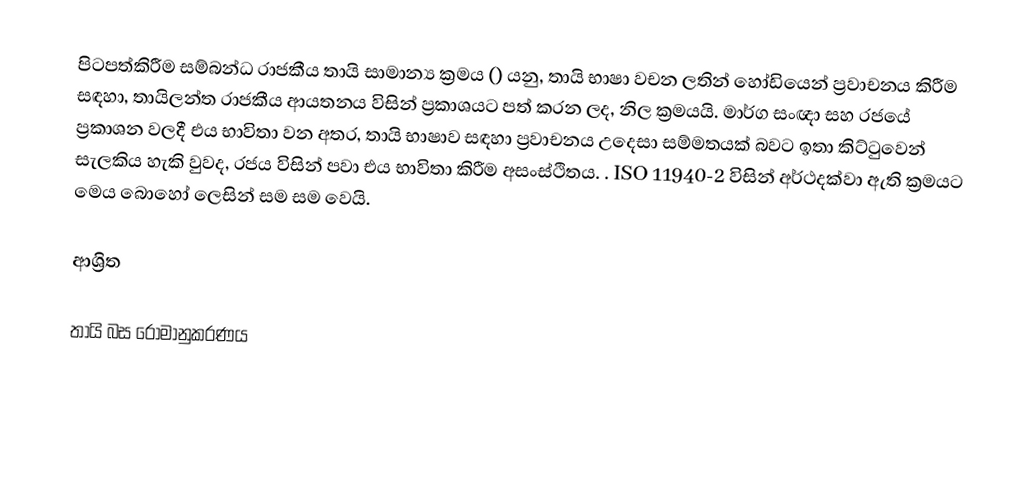
පිටපත්කිරීම සම්බන්ධ රාජකීය තායි සාමාන්‍ය ක්‍රමය () යනු, තායි භාෂා වචන ලතින් හෝඩියෙන්  ප්‍රවාචනය කිරීම සඳහා, තායිලන්ත රාජකීය ආයතනය විසින් ප්‍රකාශයට පත් කරන ලද, නිල ක්‍රමයයි. මාර්ග සංඥා සහ රජයේ ප්‍රකාශන වලදී එය භාවිතා වන අතර, තායි භාෂාව සඳහා  ප්‍රවාචනය උදෙසා සම්මතයක් බවට ඉතා කිට්ටුවෙන් සැලකිය හැකි වුවද, රජය විසින් පවා එය භාවිතා කිරීම අසංස්ථිතය. .  ISO 11940-2 විසින් අර්ථදක්වා ඇති ක්‍රමයට මෙය බොහෝ ලෙසින් සම සම වෙයි.

ආශ්‍රිත

තායි බස රෝමානුකරණය